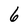
Character: 6